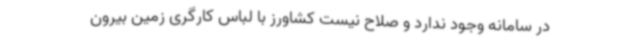
در سامانه وجود ندارد و صلاح نیست کشاورز با لباس کارگری زمین بیرون